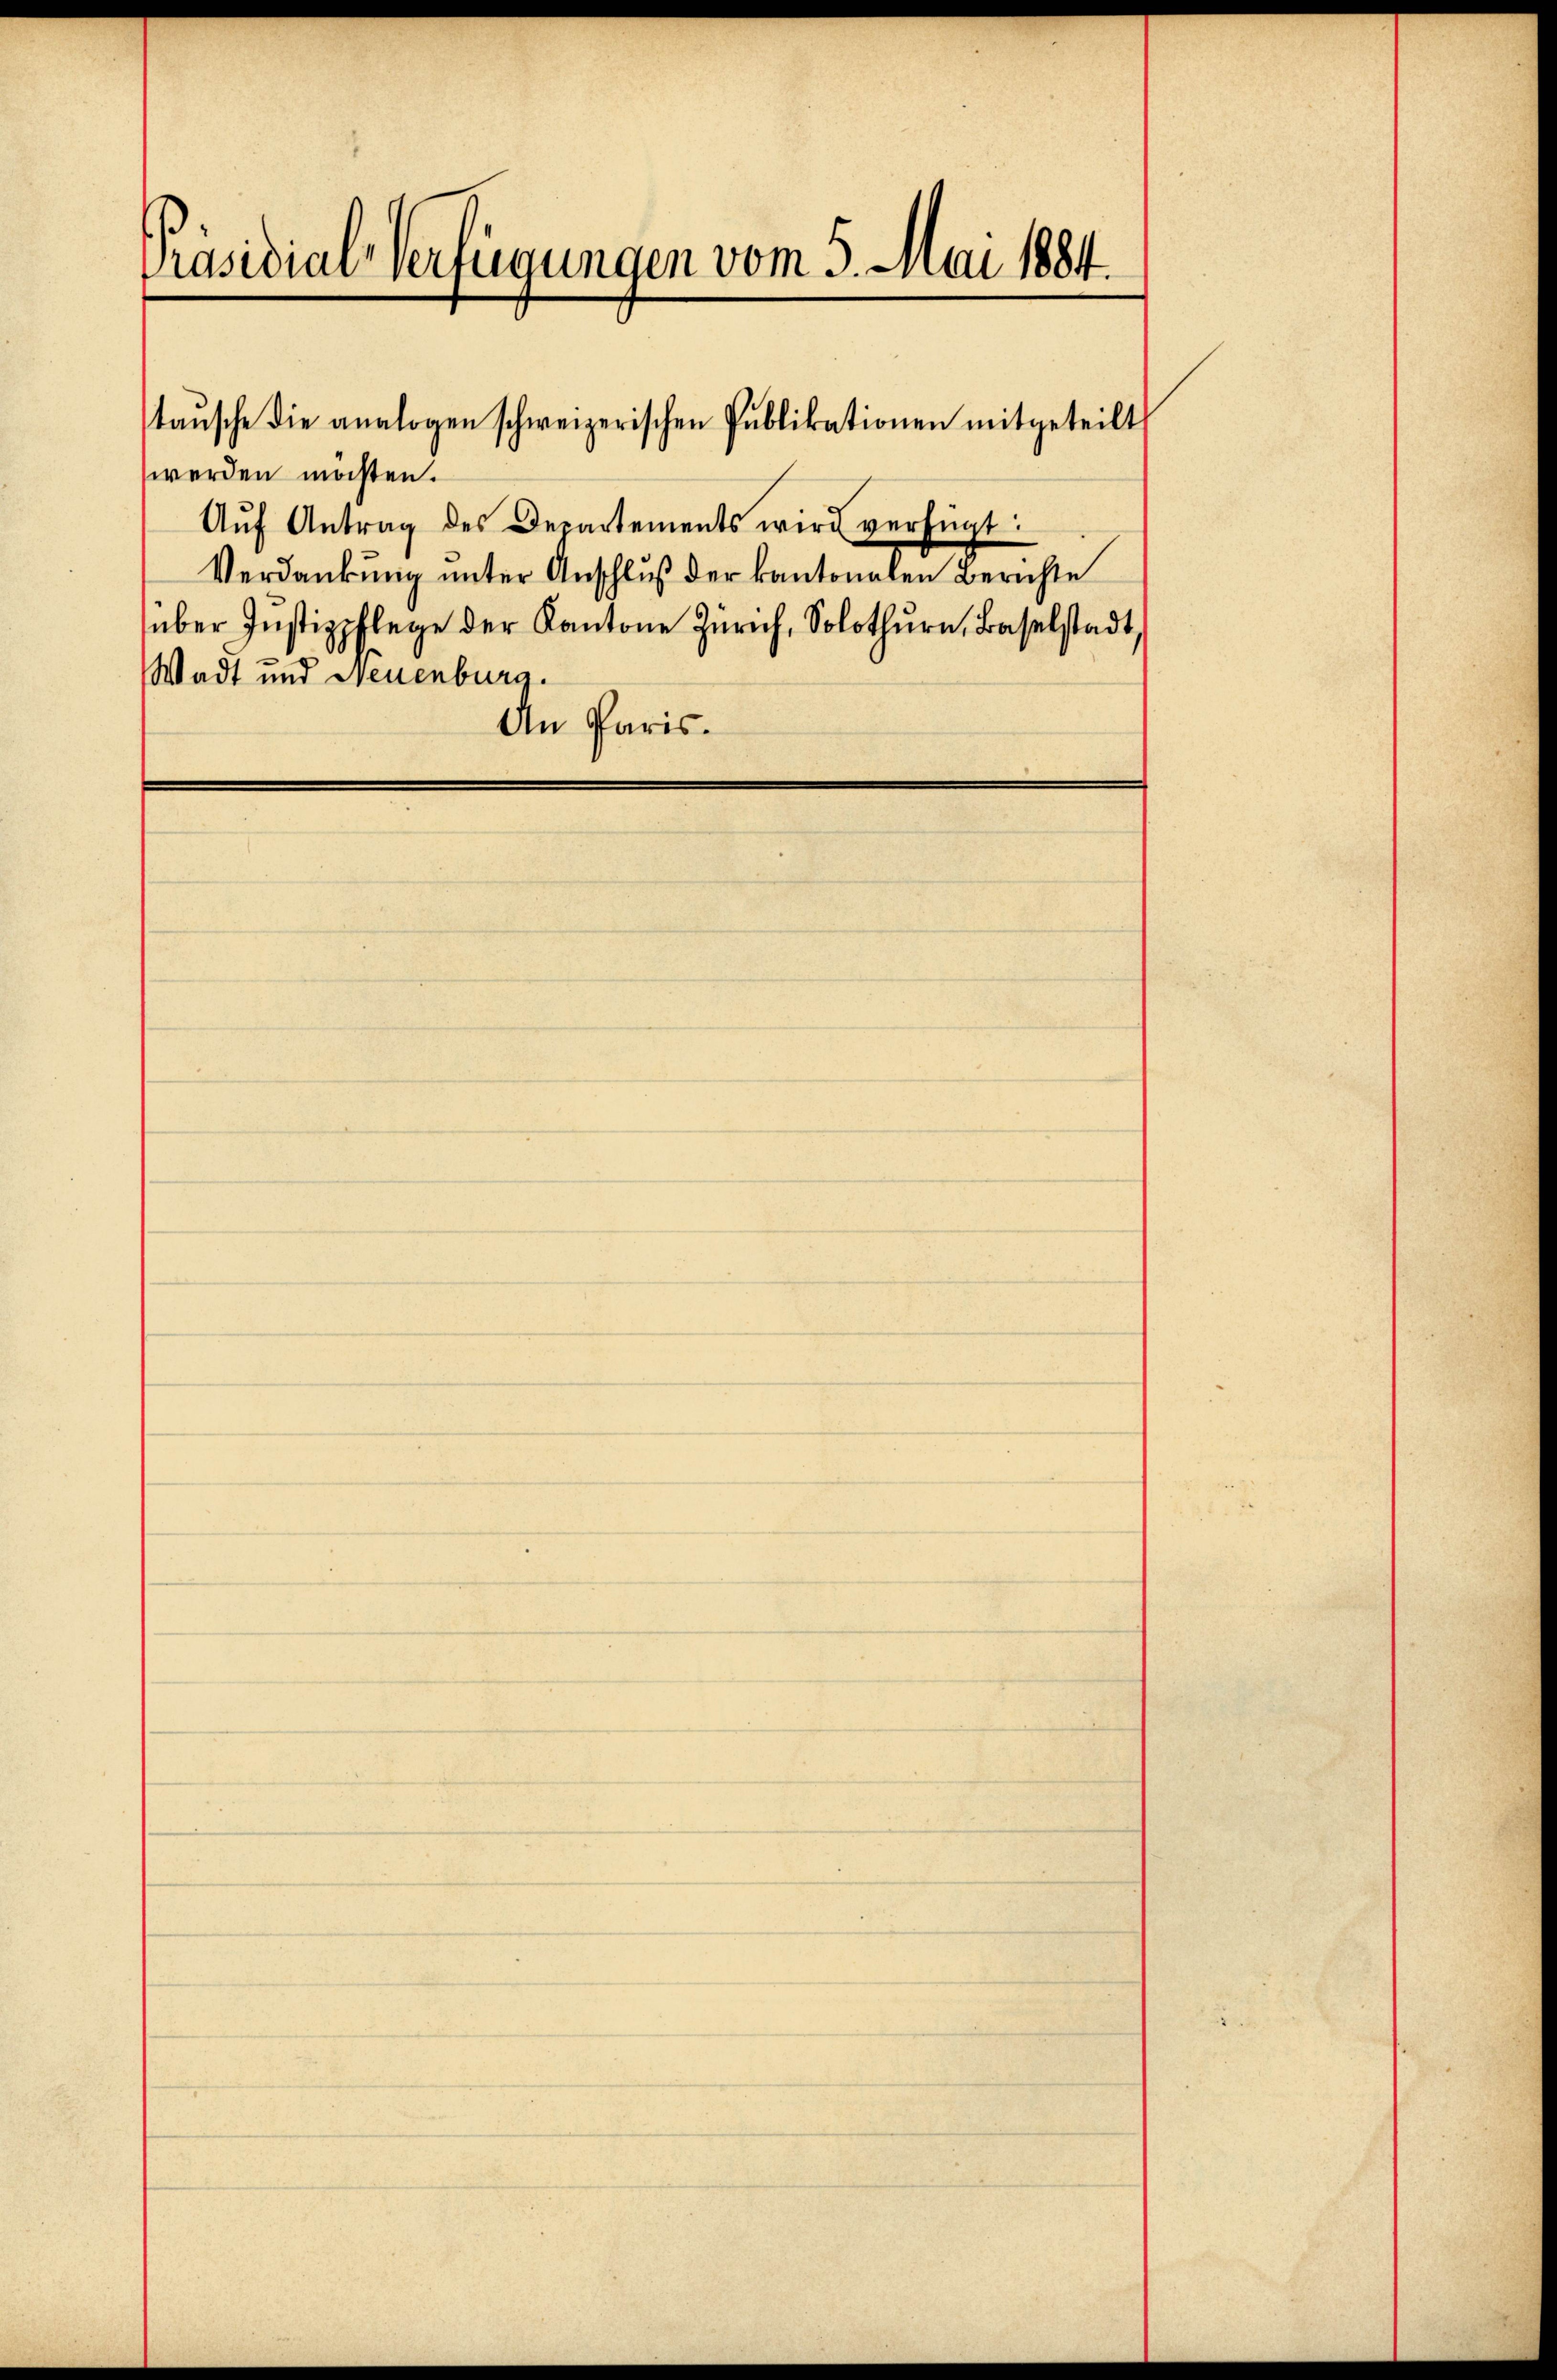
Präsidial-Verfügungen vom 5. Mai 1884.

werden möchten.
Aŭf Antrag des Departements wird verfügt:
Verdankŭng ŭnter Anschluß der kantonalen Berichte
über Instizpflege der Kantone Zürich, Solothurn, Baselstadt,
Wadt und Neuenburg.
An Paris.

taŭsche die analogen schweizerischen Publikationen mitgeteilt